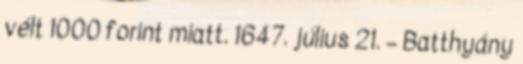
vélt 1000 forint miatt. 1647. július 21. – Batthyány